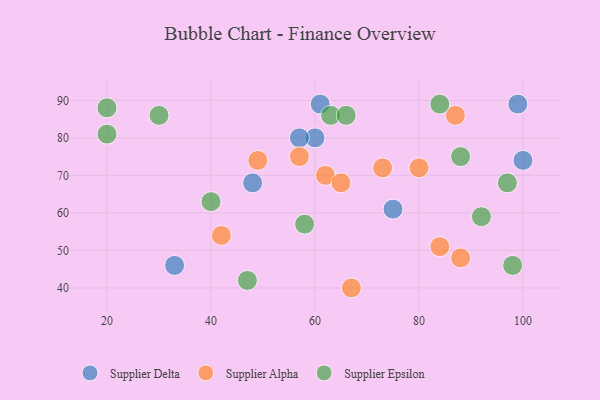
{"axis": {"x": "GDP", "y": "Life Expectancy"}, "legend": ["Supplier Alpha", "Supplier Delta", "Supplier Epsilon"], "data": [{"x": "75", "y": 61, "type": "Supplier Delta"}, {"x": "33", "y": 46, "type": "Supplier Delta"}, {"x": "60", "y": 80, "type": "Supplier Delta"}, {"x": "48", "y": 68, "type": "Supplier Delta"}, {"x": "61", "y": 89, "type": "Supplier Delta"}, {"x": "99", "y": 89, "type": "Supplier Delta"}, {"x": "100", "y": 74, "type": "Supplier Delta"}, {"x": "57", "y": 80, "type": "Supplier Delta"}, {"x": "67", "y": 40, "type": "Supplier Alpha"}, {"x": "42", "y": 54, "type": "Supplier Alpha"}, {"x": "62", "y": 70, "type": "Supplier Alpha"}, {"x": "73", "y": 72, "type": "Supplier Alpha"}, {"x": "88", "y": 48, "type": "Supplier Alpha"}, {"x": "65", "y": 68, "type": "Supplier Alpha"}, {"x": "84", "y": 51, "type": "Supplier Alpha"}, {"x": "80", "y": 72, "type": "Supplier Alpha"}, {"x": "49", "y": 74, "type": "Supplier Alpha"}, {"x": "57", "y": 75, "type": "Supplier Alpha"}, {"x": "87", "y": 86, "type": "Supplier Alpha"}, {"x": "63", "y": 86, "type": "Supplier Epsilon"}, {"x": "84", "y": 89, "type": "Supplier Epsilon"}, {"x": "47", "y": 42, "type": "Supplier Epsilon"}, {"x": "58", "y": 57, "type": "Supplier Epsilon"}, {"x": "92", "y": 59, "type": "Supplier Epsilon"}, {"x": "30", "y": 86, "type": "Supplier Epsilon"}, {"x": "66", "y": 86, "type": "Supplier Epsilon"}, {"x": "20", "y": 88, "type": "Supplier Epsilon"}, {"x": "88", "y": 75, "type": "Supplier Epsilon"}, {"x": "20", "y": 81, "type": "Supplier Epsilon"}, {"x": "98", "y": 46, "type": "Supplier Epsilon"}, {"x": "40", "y": 63, "type": "Supplier Epsilon"}, {"x": "97", "y": 68, "type": "Supplier Epsilon"}]}